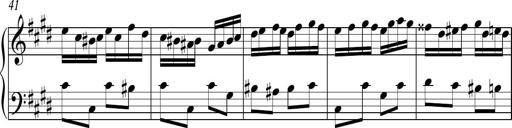
Title: Ten Piano Sonatinas
Composer: Andreas Sain